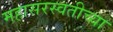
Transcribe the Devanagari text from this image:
महासरस्वतीच्या